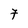
Character: 7